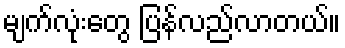
မျက်လုံးတွေ ပြန်လည်လာတယ်။